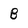
Character: B